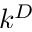
k ^ { D }